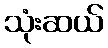
သုံးဆယ်